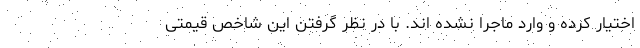
اختیار کرده و وارد ماجرا نشده اند. با در نظر گرفتن این شاخص قیمتی